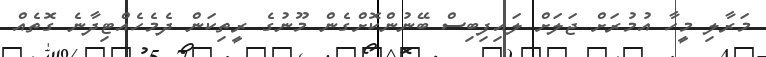
މަރާލި މީހާ އުމުރަށް ޖަލަށް ލައިފިބިސް ބޭނުންކޮށްގެން މޫނުގެ ރީތިކަން ދެމެހެއްޓިދާނެ ގޮތެއް